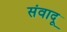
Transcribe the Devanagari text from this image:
संवादू